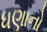
ધણાનો